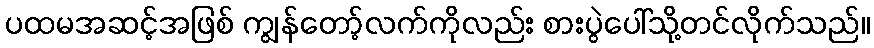
ပထမအဆင့်အဖြစ် ကျွန်တော့်လက်ကိုလည်း စားပွဲပေါ်သို့တင်လိုက်သည်။